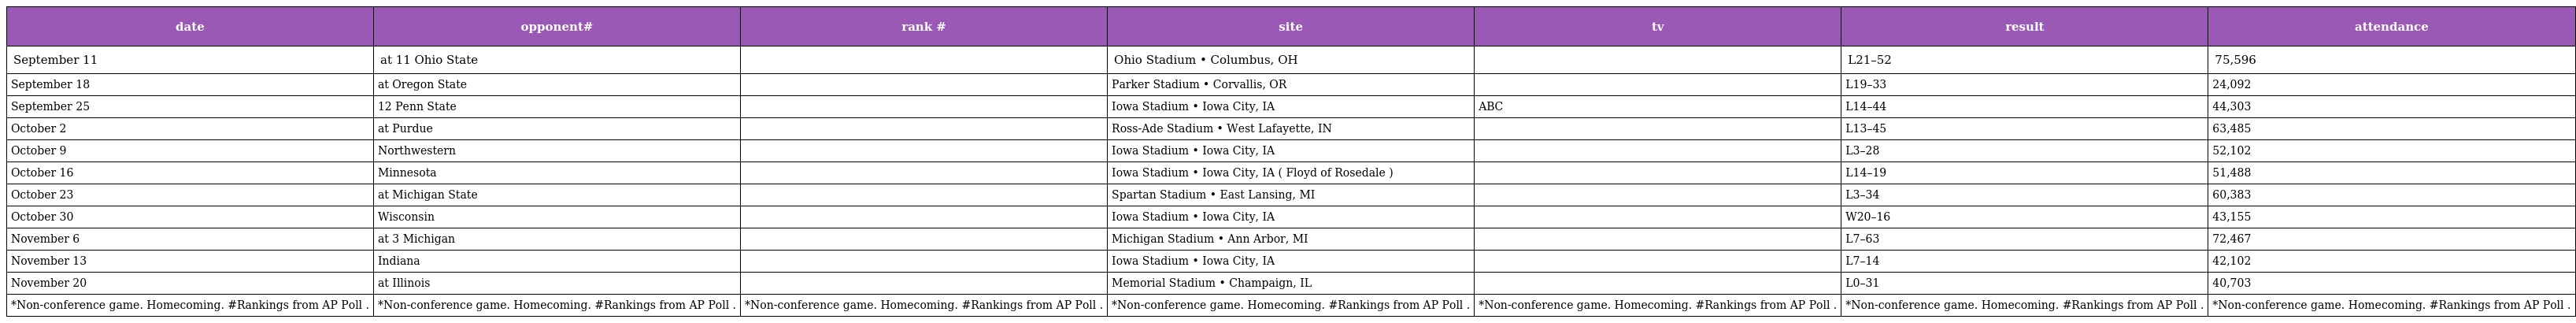
| date | opponent# | rank # | site | tv | result | attendance |
 | --- | --- | --- | --- | --- | --- | --- |
 | September 11 | at 11 Ohio State |  | Ohio Stadium • Columbus, OH |  | L21–52 | 75,596 |
 | September 18 | at Oregon State |  | Parker Stadium • Corvallis, OR |  | L19–33 | 24,092 |
 | September 25 | 12 Penn State |  | Iowa Stadium • Iowa City, IA | ABC | L14–44 | 44,303 |
 | October 2 | at Purdue |  | Ross-Ade Stadium • West Lafayette, IN |  | L13–45 | 63,485 |
 | October 9 | Northwestern |  | Iowa Stadium • Iowa City, IA |  | L3–28 | 52,102 |
 | October 16 | Minnesota |  | Iowa Stadium • Iowa City, IA ( Floyd of Rosedale ) |  | L14–19 | 51,488 |
 | October 23 | at Michigan State |  | Spartan Stadium • East Lansing, MI |  | L3–34 | 60,383 |
 | October 30 | Wisconsin |  | Iowa Stadium • Iowa City, IA |  | W20–16 | 43,155 |
 | November 6 | at 3 Michigan |  | Michigan Stadium • Ann Arbor, MI |  | L7–63 | 72,467 |
 | November 13 | Indiana |  | Iowa Stadium • Iowa City, IA |  | L7–14 | 42,102 |
 | November 20 | at Illinois |  | Memorial Stadium • Champaign, IL |  | L0–31 | 40,703 |
 | *Non-conference game. Homecoming. #Rankings from AP Poll . | *Non-conference game. Homecoming. #Rankings from AP Poll . | *Non-conference game. Homecoming. #Rankings from AP Poll . | *Non-conference game. Homecoming. #Rankings from AP Poll . | *Non-conference game. Homecoming. #Rankings from AP Poll . | *Non-conference game. Homecoming. #Rankings from AP Poll . | *Non-conference game. Homecoming. #Rankings from AP Poll . |